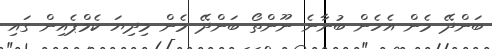
ބަންދޭ މެން އެހެން ބުނާނެ ނޫންތޯ ބަންދޭ މެން މިދިޔަ ކެމްޕެއިން ގައި